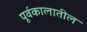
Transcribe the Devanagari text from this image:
पूर्वकालातील